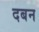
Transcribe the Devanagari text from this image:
दबन